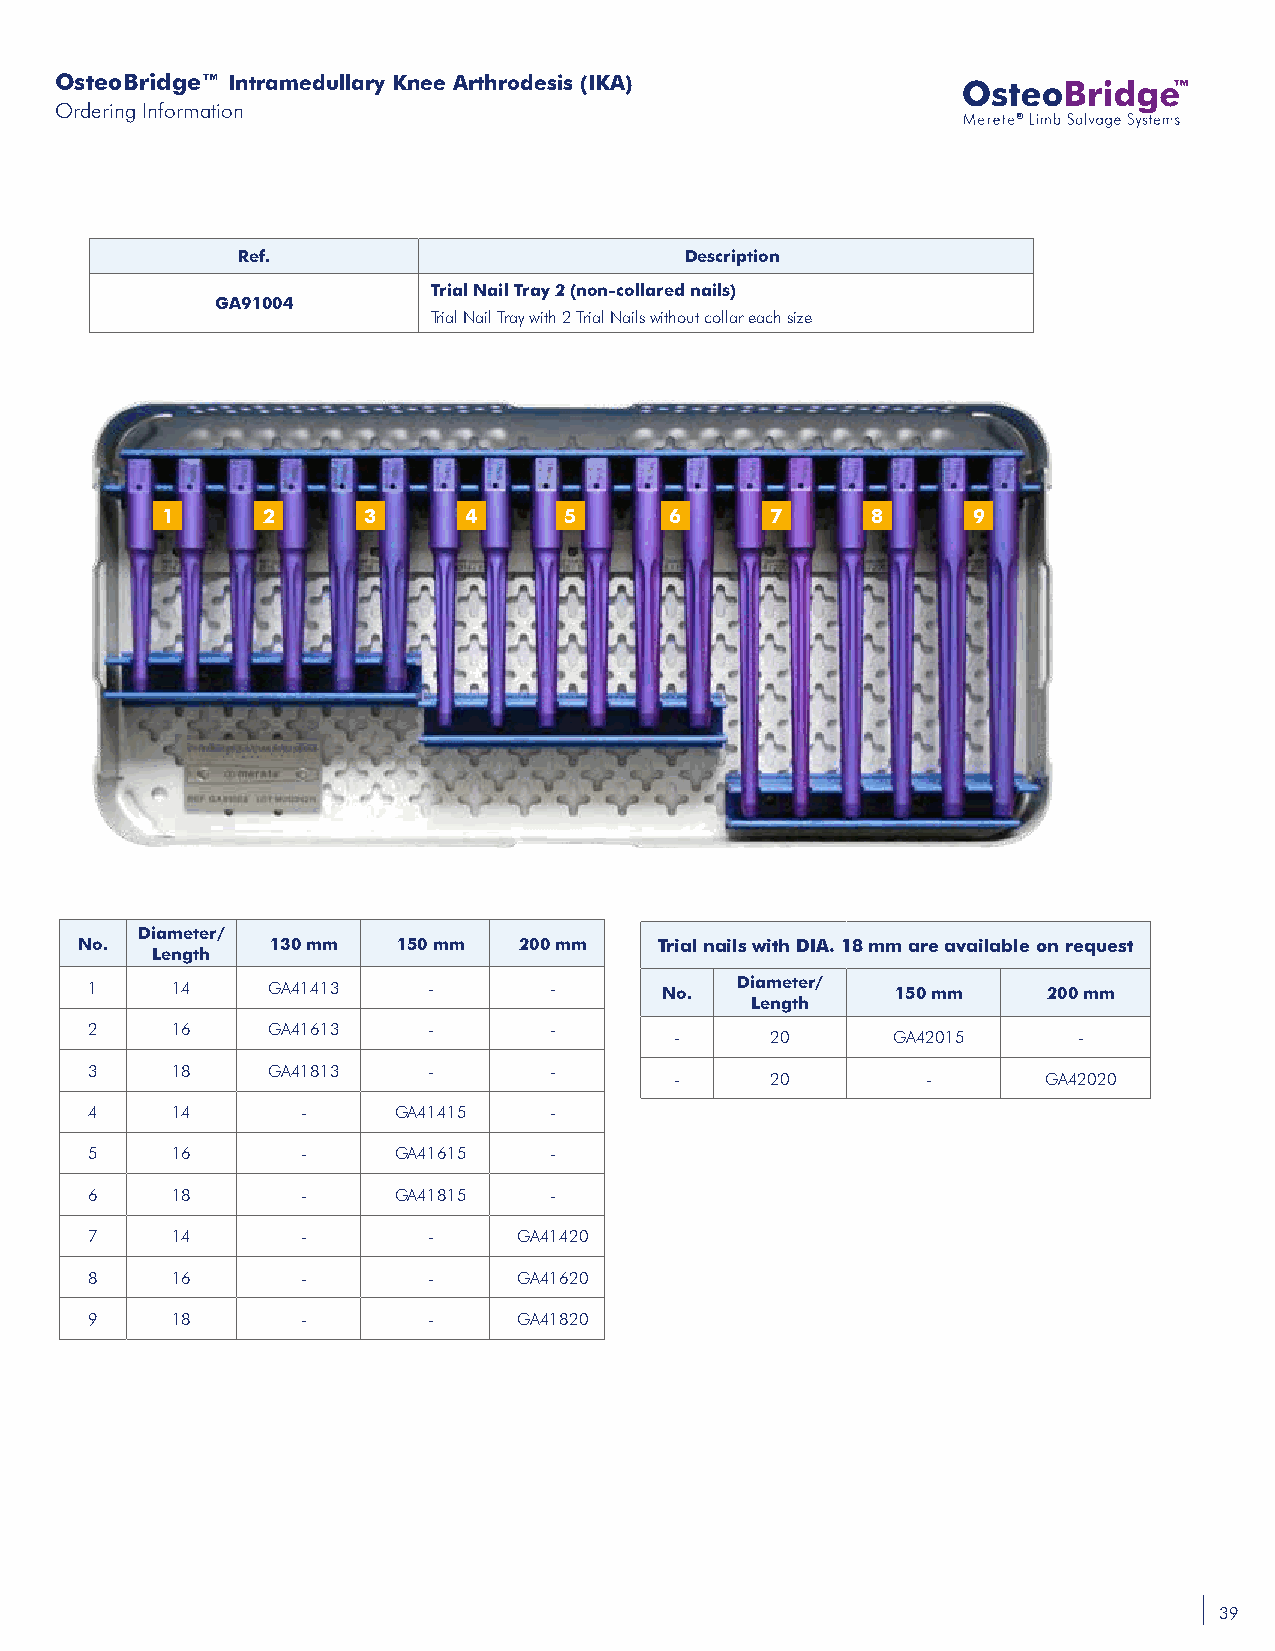
OsteoBridge™ Intramedullary Knee Arthrodesis (IKA)
 Ordering Information
 ®
 Ref.                         Description
 Trial Nail Tray 2 (non-collared nails)
 GA91004
 Trial Nail Tray with 2 Trial Nails without collar each size
 1     2      3      4     5      6      7      8     9
 Diameter/
 No.          130 mm  150 mm  200 mm    Trial nails with DIA. 18 mm are available on request
 Length
 1    14     GA41413   -       -       No.  Diameter/ 150 mm    200 mm
 Length
 2    16     GA41613   -       -
 -     20      GA42015     -
 3    18     GA41813   -       -
 -     20        -       GA42020
 4    14       -     GA41415   -
 5    16       -     GA41615   -
 6    18       -     GA41815   -
 7    14       -       -     GA41420
 8    16       -       -     GA41620
 9    18       -       -     GA41820
 39